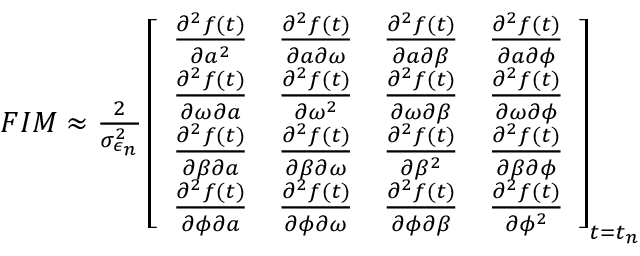
\begin{array} { r } { F I M \approx \frac { 2 } { \sigma _ { \epsilon _ { n } } ^ { 2 } } \left[ \begin{array} { l l l l } { \frac { \partial ^ { 2 } f ( t ) } { \partial a ^ { 2 } } } & { \frac { \partial ^ { 2 } f ( t ) } { \partial a \partial \omega } } & { \frac { \partial ^ { 2 } f ( t ) } { \partial a \partial \beta } } & { \frac { \partial ^ { 2 } f ( t ) } { \partial a \partial \phi } } \\ { \frac { \partial ^ { 2 } f ( t ) } { \partial \omega \partial a } } & { \frac { \partial ^ { 2 } f ( t ) } { \partial \omega ^ { 2 } } } & { \frac { \partial ^ { 2 } f ( t ) } { \partial \omega \partial \beta } } & { \frac { \partial ^ { 2 } f ( t ) } { \partial \omega \partial \phi } } \\ { \frac { \partial ^ { 2 } f ( t ) } { \partial \beta \partial a } } & { \frac { \partial ^ { 2 } f ( t ) } { \partial \beta \partial \omega } } & { \frac { \partial ^ { 2 } f ( t ) } { \partial \beta ^ { 2 } } } & { \frac { \partial ^ { 2 } f ( t ) } { \partial \beta \partial \phi } } \\ { \frac { \partial ^ { 2 } f ( t ) } { \partial \phi \partial a } } & { \frac { \partial ^ { 2 } f ( t ) } { \partial \phi \partial \omega } } & { \frac { \partial ^ { 2 } f ( t ) } { \partial \phi \partial \beta } } & { \frac { \partial ^ { 2 } f ( t ) } { \partial \phi ^ { 2 } } } \end{array} \right] _ { t = t _ { n } } } \end{array}